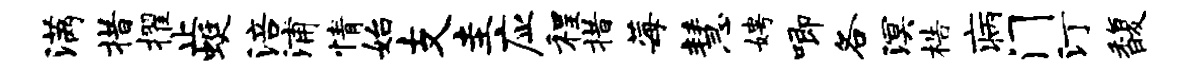
满措擢止蜓涪浦情始支圭应程措莓慧娉唧各溟梏病门汀馥